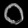
Digit: ၀